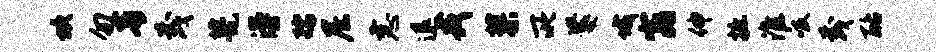
坎勿青茂甍漫孺尼恚退戎蓼所爨城窕伸摭淮吸茂酪